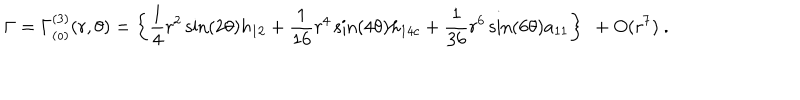
\Gamma = \Gamma _ { ( o ) } ^ { ( 3 ) } ( r , \theta ) = \left\{ \frac { 1 } { 4 } r ^ { 2 } \sin ( 2 \theta ) h _ { 1 2 } + \frac { 1 } { 1 6 } r ^ { 4 } \sin ( 4 \theta ) h _ { 1 4 c } + \frac { 1 } { 3 6 } r ^ { 6 } \sin ( 6 \theta ) a _ { 1 1 } \right\} \ + O ( r ^ { 7 } ) \ .